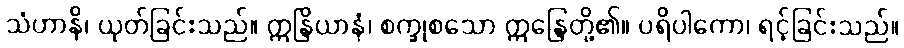
သံဟာနိ၊ ယုတ်ခြင်းသည်။ ဣန္ဒြိယာနံ၊ စက္ခုစသော ဣန္ဒြေတို့၏။ ပရိပါကော၊ ရင့်ခြင်းသည်။